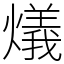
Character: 燨